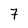
Character: 7